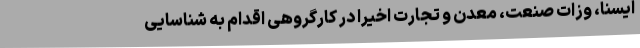
ایسنا، وزات صنعت، معدن و تجارت اخیرا در کارگروهی اقدام به شناسایی